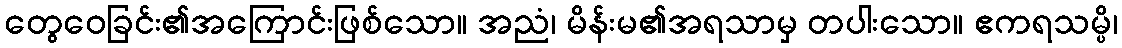
တွေဝေခြင်း၏အကြောင်းဖြစ်သော။ အညံ၊ မိန်းမ၏အရသာမှ တပါးသော။ ဧကရသမ္ပိ၊